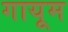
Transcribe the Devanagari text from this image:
गायूम